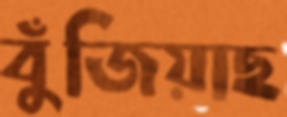
বুঁজিয়াছ